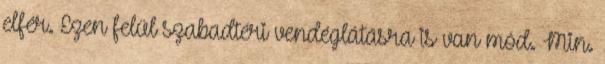
elfér. Ezen felül szabadtéri vendéglátásra is van mód. Min.